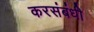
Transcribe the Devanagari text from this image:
करसंबंधी